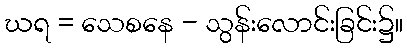
ဃရ = သေစနေ - သွန်းလောင်းခြင်း၌။